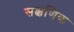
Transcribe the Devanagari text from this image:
सक्षणिक